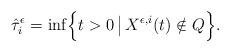
LaTeX: \begin{align*}\hat{\tau}_i^{\epsilon} = \inf \Bigl\{ t > 0 \, \bigl\vert \, X^{\epsilon, i}(t) \notin Q \Bigr\}. \end{align*}